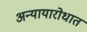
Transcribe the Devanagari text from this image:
अन्यायारोधात